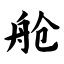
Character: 舱